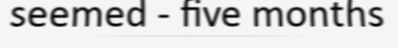
seemed - five months